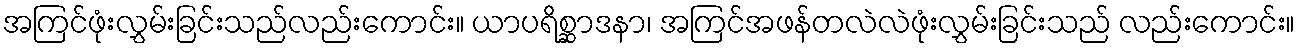
အကြင်ဖုံးလွှမ်းခြင်းသည်လည်းကောင်း။ ယာပရိစ္ဆာဒနာ၊ အကြင်အဖန်တလဲလဲဖုံးလွှမ်းခြင်းသည် လည်းကောင်း။